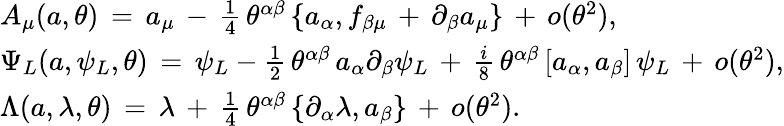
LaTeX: \begin{array}{l}{{{A_{\mu}(a,\theta)\, =\, a_{\mu}\, -\, \frac{1}{4}\, \theta^{\alpha\beta}\, \{ a_{\alpha},f_{\beta\mu}\, +\, \partial_{\beta}a_{\mu}\} \, +\, o(\theta^{2}),}}}\\ {{{\Psi_{L}(a,\psi_{L},\theta)\, =\, \psi_{L}-\frac{1}{2}\, \theta^{\alpha\beta}\, a_{\alpha}\partial_{\beta}\psi_{L}\, +\, \frac{i}{8}\, \theta^{\alpha\beta}\, [a_{\alpha},a_{\beta}]\, \psi_{L}\, +\, o(\theta^{2}),}}}\\ {{{\Lambda(a,\lambda,\theta)\, =\, \lambda\, +\, \frac{1}{4}\, \theta^{\alpha\beta}\, \{ \partial_{\alpha}\lambda,a_{\beta}\} \, +\, o(\theta^{2}).}}}\end{array}